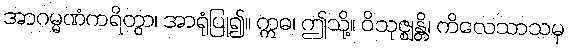
အာဂမ္မဏံကရိတွာ၊ အာရုံပြု၍။ ဣဓ၊ ဤသို့။ ဝိသုဇ္ဈန္တိ၊ ကိလေသာသမှ